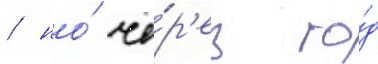
/ но́ че́р'ез го́д